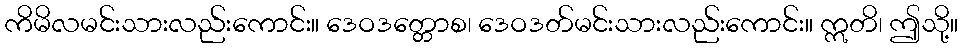
ကိမိလမင်းသားလည်းကောင်း။ ဒေဝဒတ္တောစ၊ ဒေဝဒတ်မင်းသားလည်းကောင်း။ ဣတိ၊ ဤသို့။